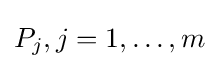
P_{j},j=1,\ldots ,m